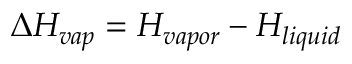
\Delta H _ { v a p } = H _ { v a p o r } - H _ { l i q u i d }